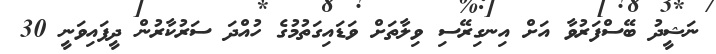
ނަޝީދު ބޭސްފަރުވާ އަށް އިނގިރޭސި ވިލާތަށް ވަޑައިގަތުމުގެ ހުއްދަ ސަރުކާރުން ދީފައިވަނީ 30